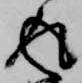
返